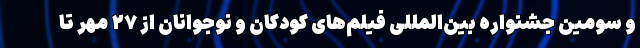
و سومین جشنواره بین‌المللی فیلم‌های کودکان و نوجوانان از ۲۷ مهر تا